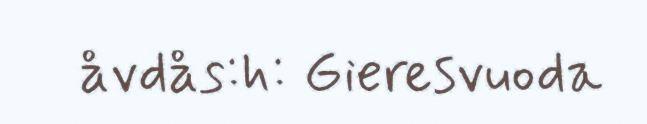
åvdås:h: Gieresvuoda